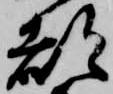
都